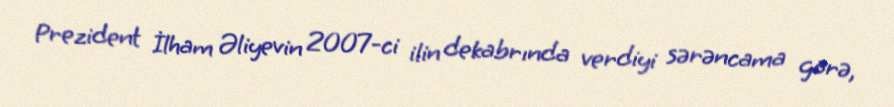
Prezident İlham Əliyevin 2007-ci ilin dekabrında verdiyi sərəncama görə,